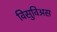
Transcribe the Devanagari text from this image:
विसुविअस